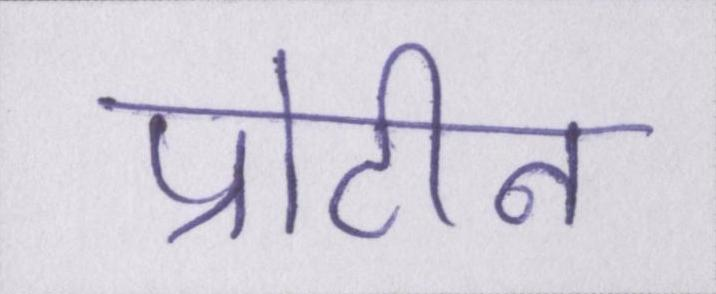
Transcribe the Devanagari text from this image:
प्रोटीन